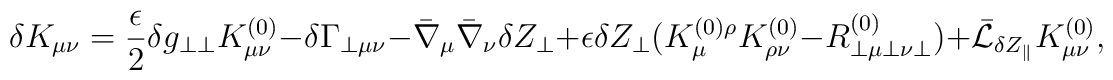
\delta K_{\mu\nu} =         \frac{\epsilon}{2}\delta g_{\perp\perp}K^{(0)}_{\mu\nu}        - \delta\Gamma_{\perp\mu\nu}        - \bar{\nabla}_{\mu}\bar{\nabla}_{\nu}\delta Z_{\perp}        + \epsilon\delta Z_{\perp}        (K^{(0)\rho}_{\mu}K^{(0)}_{\rho\nu}        -R^{(0)}_{\perp\mu\perp\nu\perp})        + \bar{\cal L}_{\delta Z_{\parallel}}K^{(0)}_{\mu\nu},